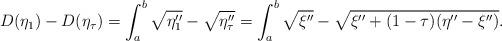
LaTeX: \begin{align*}D(\eta_{1})-D(\eta_{\tau})=\int_{a}^{b}\sqrt{\eta_{1}''}-\sqrt{\eta_{\tau}''}=\int_{a}^{b}\sqrt{\xi''}-\sqrt{\xi''+(1-\tau)(\eta''-\xi'')}.\end{align*}